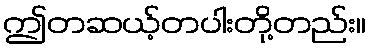
ဤတဆယ့်တပါးတို့တည်း။